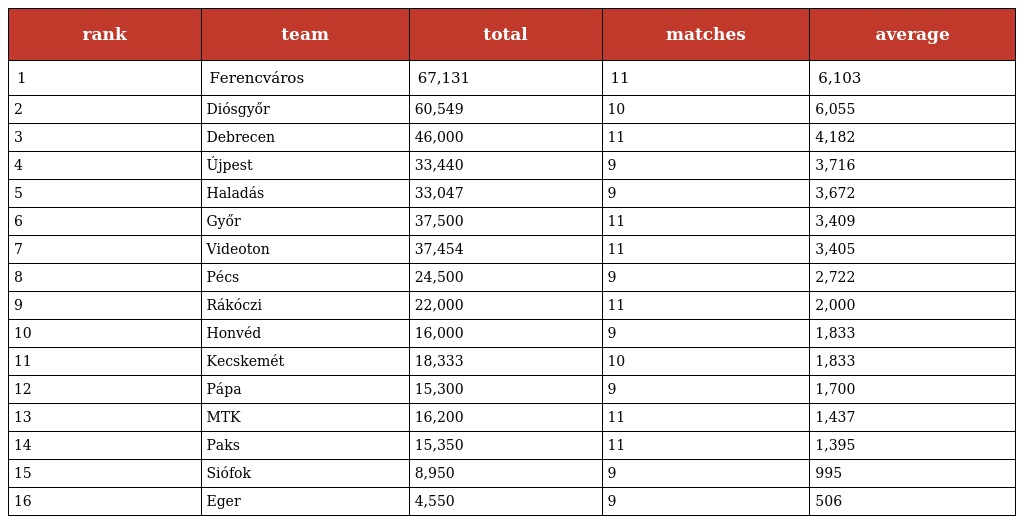
| rank | team | total | matches | average |
 | --- | --- | --- | --- | --- |
 | 1 | Ferencváros | 67,131 | 11 | 6,103 |
 | 2 | Diósgyőr | 60,549 | 10 | 6,055 |
 | 3 | Debrecen | 46,000 | 11 | 4,182 |
 | 4 | Újpest | 33,440 | 9 | 3,716 |
 | 5 | Haladás | 33,047 | 9 | 3,672 |
 | 6 | Győr | 37,500 | 11 | 3,409 |
 | 7 | Videoton | 37,454 | 11 | 3,405 |
 | 8 | Pécs | 24,500 | 9 | 2,722 |
 | 9 | Rákóczi | 22,000 | 11 | 2,000 |
 | 10 | Honvéd | 16,000 | 9 | 1,833 |
 | 11 | Kecskemét | 18,333 | 10 | 1,833 |
 | 12 | Pápa | 15,300 | 9 | 1,700 |
 | 13 | MTK | 16,200 | 11 | 1,437 |
 | 14 | Paks | 15,350 | 11 | 1,395 |
 | 15 | Siófok | 8,950 | 9 | 995 |
 | 16 | Eger | 4,550 | 9 | 506 |